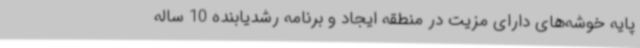
پایه خوشه‌های دارای مزیت در منطقه ایجاد و برنامه رشدیابنده 10 ساله